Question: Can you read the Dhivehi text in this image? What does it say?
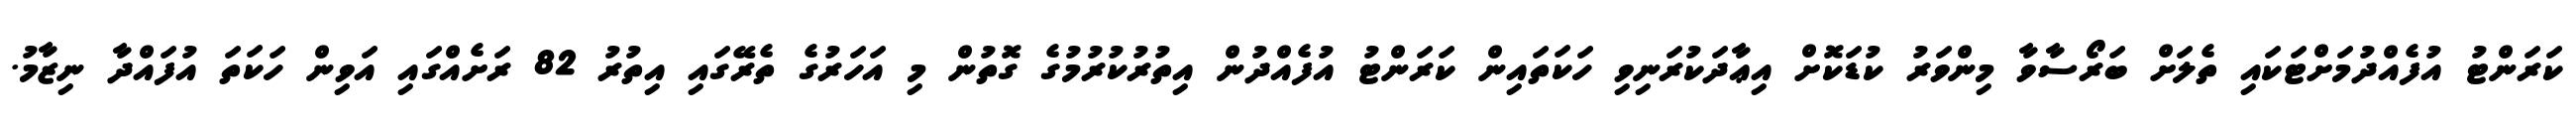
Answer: ކަރަންޓު އުފެއްދުމަށްޓަކައި ތެލަށް ބަރޯސާވާ މިންވަރު ކުޑަކޮށް އިޢާދަކުރަނިވި ހަކަތައިން ކަރަންޓު އުފެއްދުން އިތުރުކުރުމުގެ ގޮތުން މި އަހަރުގެ ތެރޭގައި އިތުރު 82 ރަށެއްގައި އަވިން ހަކަތަ އުފައްދާ ނިޒާމު.